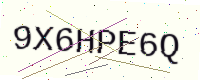
Text: 9X6HPE6Q